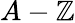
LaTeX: A-\mathbb{Z}